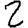
Digit: 2